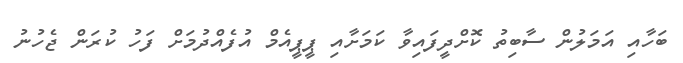
ބަހާއި އަމަލުން ސާބިތު ކޮށްދީފައިވާ ކަމަށާއި ޕީޕީއެމް އުފެއްދުމަށް ފަހު ކުރަން ޖެހުނު